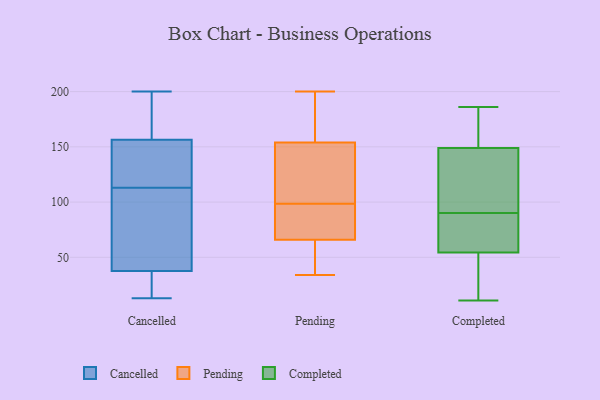
{"axis": {"x": "Market Share (%)", "y": "Value"}, "legend": ["Cancelled", "Completed", "Pending"], "data": [{"x": "", "y": 13, "type": "Cancelled"}, {"x": "", "y": 29, "type": "Cancelled"}, {"x": "", "y": 189, "type": "Cancelled"}, {"x": "", "y": 113, "type": "Cancelled"}, {"x": "", "y": 36, "type": "Cancelled"}, {"x": "", "y": 143, "type": "Cancelled"}, {"x": "", "y": 192, "type": "Cancelled"}, {"x": "", "y": 82, "type": "Cancelled"}, {"x": "", "y": 200, "type": "Cancelled"}, {"x": "", "y": 149, "type": "Cancelled"}, {"x": "", "y": 49, "type": "Cancelled"}, {"x": "", "y": 22, "type": "Cancelled"}, {"x": "", "y": 42, "type": "Cancelled"}, {"x": "", "y": 141, "type": "Cancelled"}, {"x": "", "y": 159, "type": "Cancelled"}, {"x": "", "y": 34, "type": "Pending"}, {"x": "", "y": 130, "type": "Pending"}, {"x": "", "y": 73, "type": "Pending"}, {"x": "", "y": 124, "type": "Pending"}, {"x": "", "y": 39, "type": "Pending"}, {"x": "", "y": 66, "type": "Pending"}, {"x": "", "y": 200, "type": "Pending"}, {"x": "", "y": 73, "type": "Pending"}, {"x": "", "y": 154, "type": "Pending"}, {"x": "", "y": 160, "type": "Pending"}, {"x": "", "y": 163, "type": "Completed"}, {"x": "", "y": 186, "type": "Completed"}, {"x": "", "y": 72, "type": "Completed"}, {"x": "", "y": 86, "type": "Completed"}, {"x": "", "y": 140, "type": "Completed"}, {"x": "", "y": 81, "type": "Completed"}, {"x": "", "y": 152, "type": "Completed"}, {"x": "", "y": 11, "type": "Completed"}, {"x": "", "y": 90, "type": "Completed"}, {"x": "", "y": 64, "type": "Completed"}, {"x": "", "y": 118, "type": "Completed"}, {"x": "", "y": 165, "type": "Completed"}, {"x": "", "y": 32, "type": "Completed"}, {"x": "", "y": 12, "type": "Completed"}, {"x": "", "y": 184, "type": "Completed"}, {"x": "", "y": 51, "type": "Completed"}, {"x": "", "y": 132, "type": "Completed"}, {"x": "", "y": 43, "type": "Completed"}, {"x": "", "y": 105, "type": "Completed"}]}